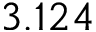
3 . 1 2 4